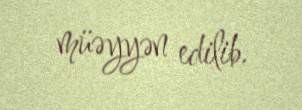
müəyyən edilib.